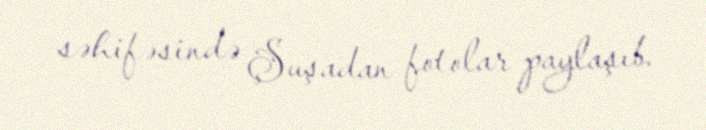
səhifəsində Şuşadan fotolar paylaşıb.